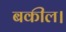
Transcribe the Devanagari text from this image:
बकील।